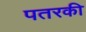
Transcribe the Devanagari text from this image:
पतरकी